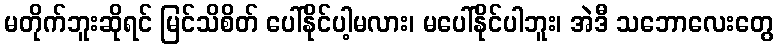
မတိုက်ဘူးဆိုရင် မြင်သိစိတ် ပေါ်နိုင်ပါ့မလား၊ မပေါ်နိုင်ပါဘူး၊ အဲဒီ သဘောလေးတွေ